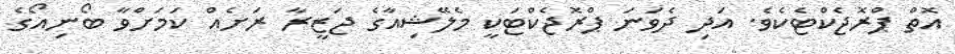
އޮތް ޕްރޮޖެކްޓެކެވެ. އަދި ދެވަނަ ޕްރޮޖެކްޓަކީ މެލޭޝިއާގެ ޖަޒީރާ ރަށެއް ކަމަށްވާ ބޯނިއޯގެ